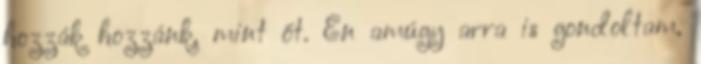
hozzák hozzánk, mint őt. Én amúgy arra is gondoltam,